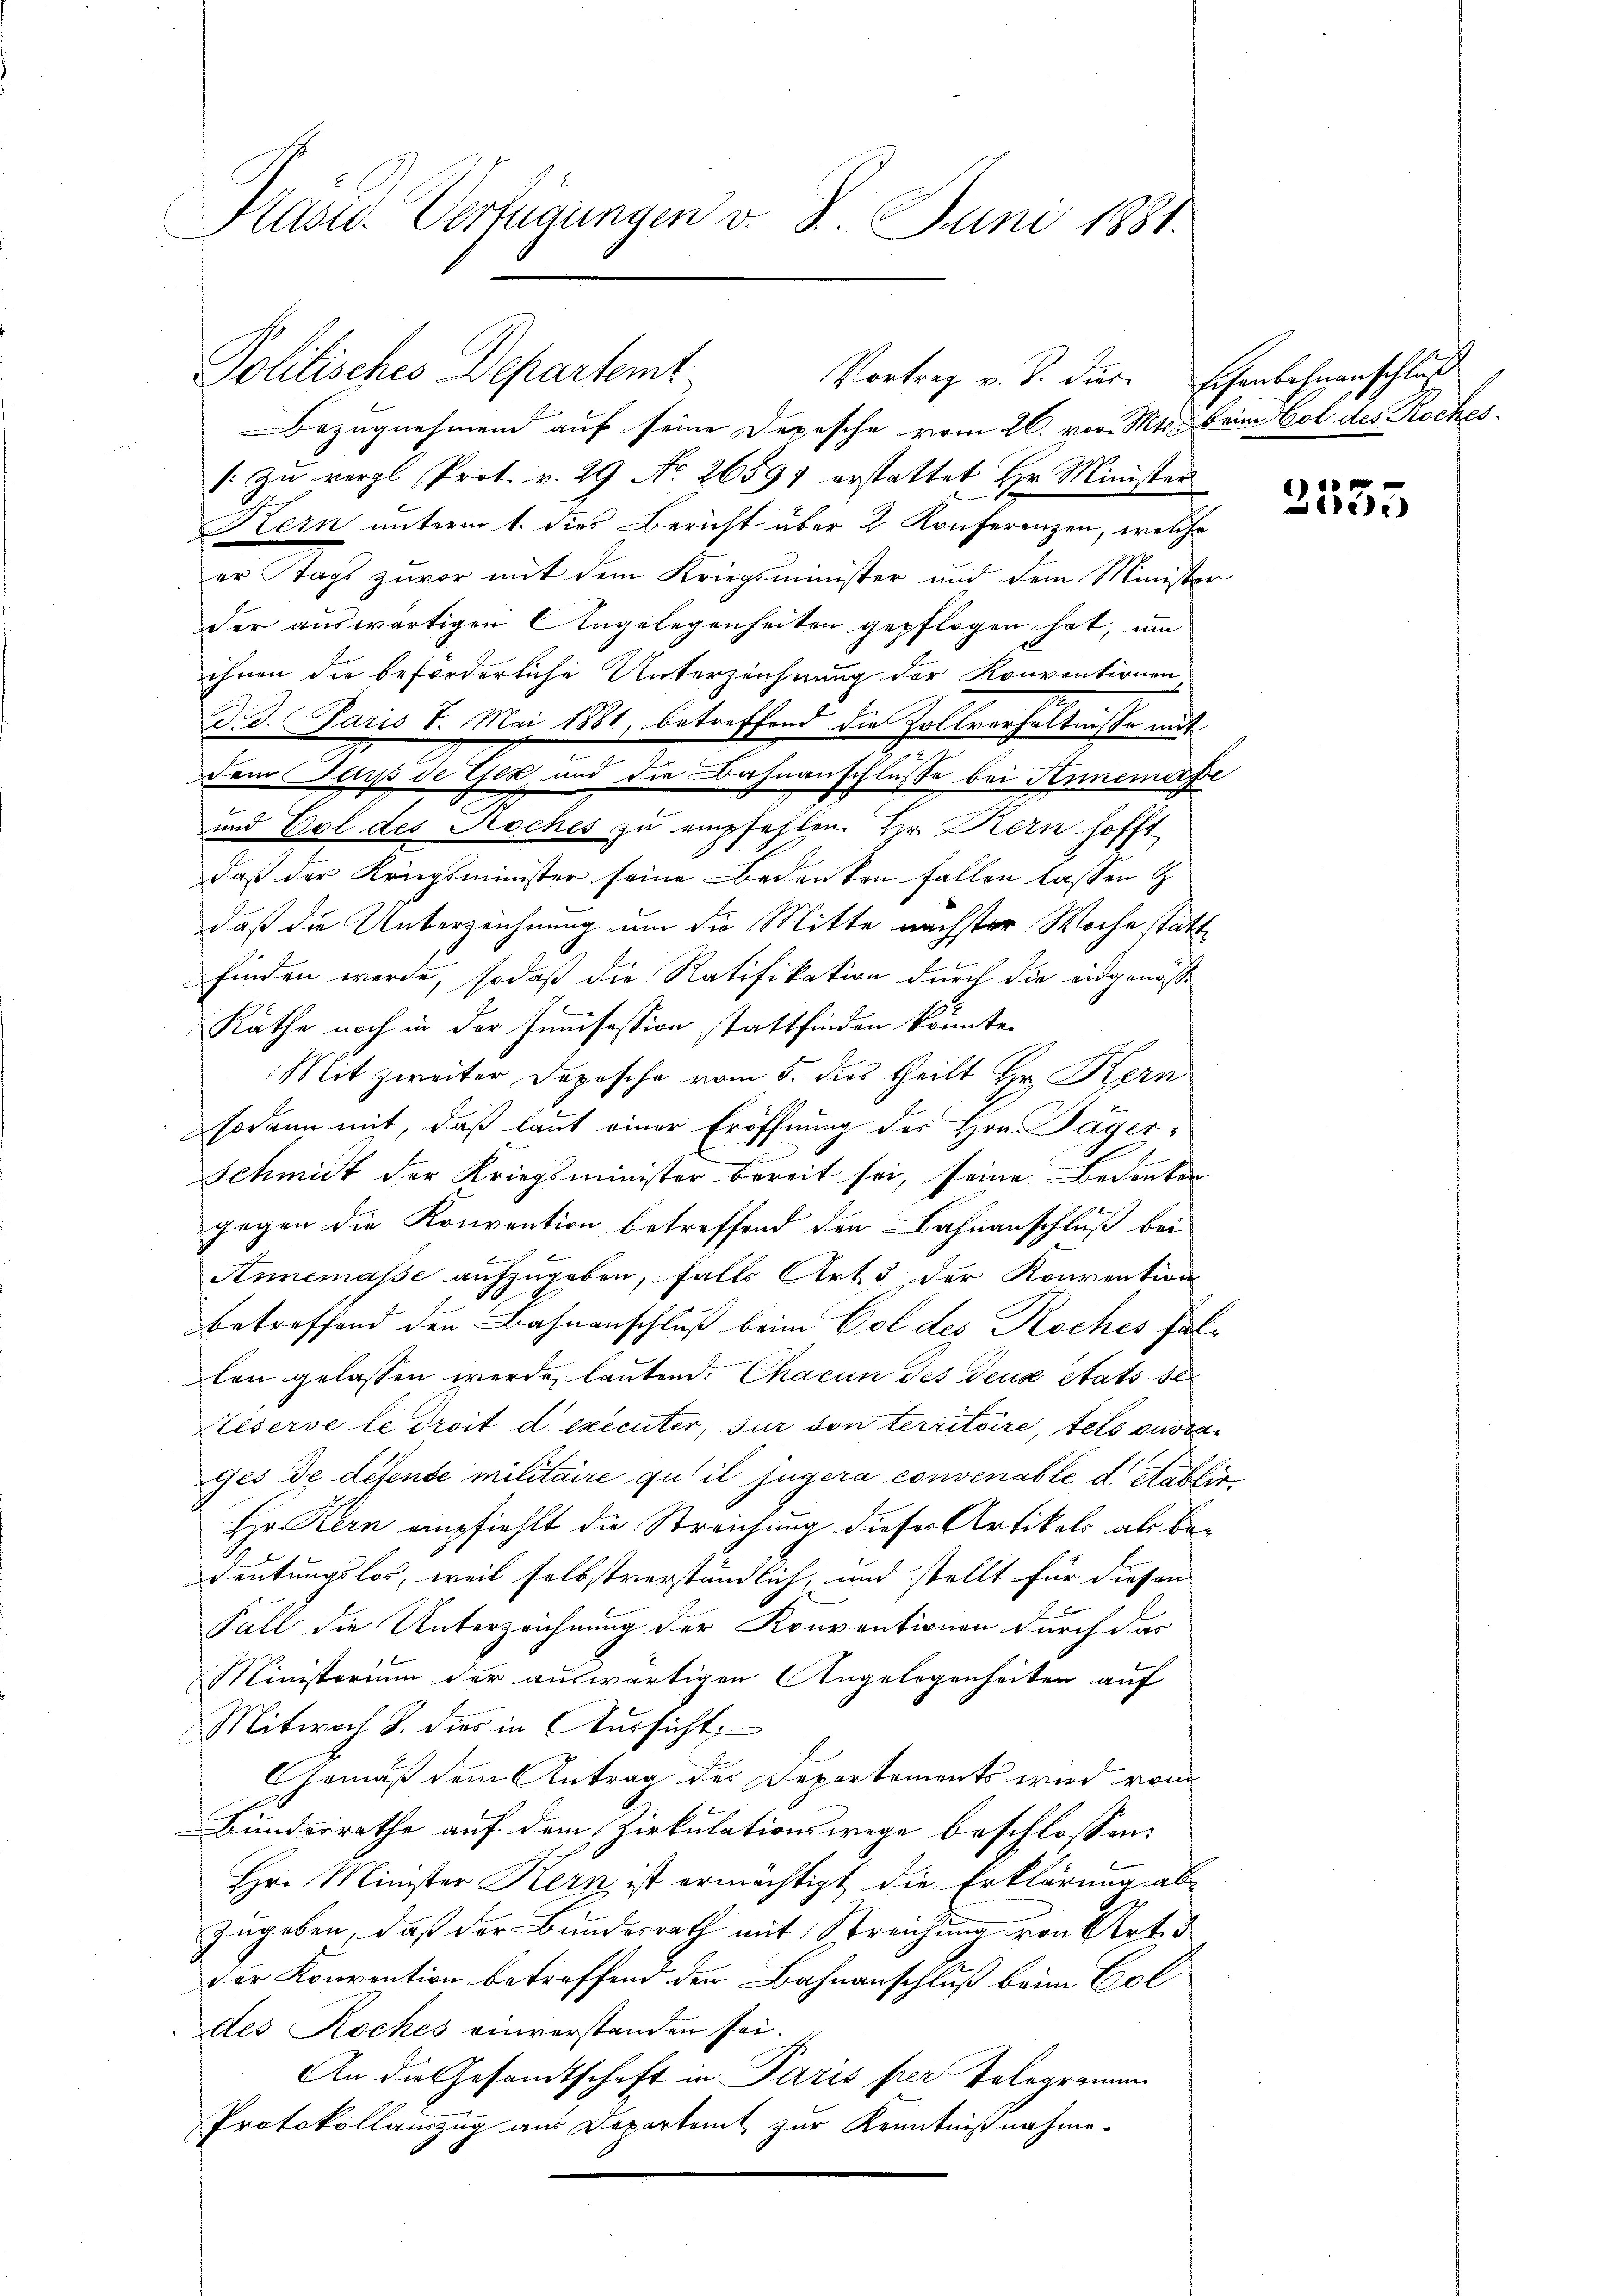
Präsid. Verfügungen v. 8. Juni 1881

Bezugnehmend auf seine Depesche vom 26. vor. Mts. Beim Vol des Roches
[: zu vergl. Prot. v. 29 No 26591 erstattet Hr. Minister
Kern unterm 1. dies Bericht über 2. Konferenzen, welche
er Nacht zuvor mit dem Kriegsminister und dem Minister
der auswärtigen Angelegenheiten gepflogen hat, um
ihnen die beförderliche Unterzeichnung der Konventionen
d. d. Paris 7. Mai 1881, betreffend die Zollverhältnisse mit
dem Pars de Gex, und die Bahnanschlusse bei Annemaße
und Pol des Roches zu empfehlen. Hr. Kern hofft
t
daß der Kriegsminister seine Bedenken fallen lassen z
daß die Unterzeichnung um die Mitte nächster Woche stattfinden werde, sodaß die Ratifikation durch die eidgenosse
Räthe noch in der Junisession stattfinden könnte.
Mit zweiter Depesche vom 5. dies theilt Hr. Kern
sodann mit, daß laut einer Eröffnung des Hrn. Dager-
Schmidt der Kriegsminister bereit sei, seine Bedenken
gegen die Konvention betreffend den Bahnanschluß bei
Annemasse aufzugeben, falls Art. 5 der Konvention
betreffend den Bahnanschluß beim Col des Koches fallen gelassen werde, lautend. Chacun des deuse etats se
Teserve le droit d. exécuter, sur von territoire, tels zustan
ges de défense militaire quil jugera convenable d Rablie
Hr. Kern empfiehlt die Streichung dieser Artikels als be¬
Deutungslos, weil selbstverständlich, und stellt für diesen
Fall die Unterzeichnung der Konventionen durch das
Ministerium der auswärtigen Angelegenheiten auf
Mitwoch S. dies in Aussicht
Gemäß dem Antrag des Departements wird vom
Bundesrathe auf dem Zirkulationswege beschlossen:
Hr. Minister Kern ist ermächtigt die Erklärung abzugeben, daß der Bundesrath mit Streichung von Art. 3
der Konvention betreffend der Bahnanschluß beim Col
des Koches einverstanden sei.
An die Gesandtschaft in Paris per Telegramm
Protokollauszug aus Departent zur Kenntnißnahme

Politisches Departemt

Vortrag v. S. dir. Eschenbahnenschluß

a
die